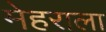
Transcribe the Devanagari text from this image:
मेहराला